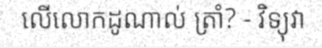
លើលោកដូណាល់ ត្រាំ? - វិទ្យុវា